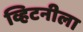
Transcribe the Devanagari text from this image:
व्हिटनीला